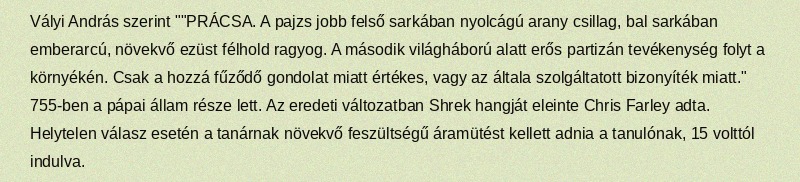
Vályi András szerint ""PRÁCSA. A pajzs jobb felső sarkában nyolcágú arany csillag, bal sarkában emberarcú, növekvő ezüst félhold ragyog. A második világháború alatt erős partizán tevékenység folyt a környékén. Csak a hozzá fűződő gondolat miatt értékes, vagy az általa szolgáltatott bizonyíték miatt." 755-ben a pápai állam része lett. Az eredeti változatban Shrek hangját eleinte Chris Farley adta. Helytelen válasz esetén a tanárnak növekvő feszültségű áramütést kellett adnia a tanulónak, 15 volttól indulva.